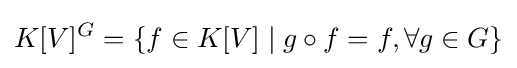
K[V]^{G}=\{f\in K[V]\mid g\circ f=f,\forall g\in G\}